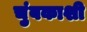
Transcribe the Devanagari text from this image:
चुंबकाशी